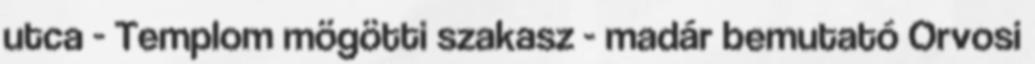
utca - Templom mögötti szakasz - madár bemutató Orvosi